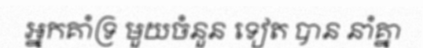
អ្នកគាំទ្រ មួយចំនួន ទៀត បាន នាំគ្នា